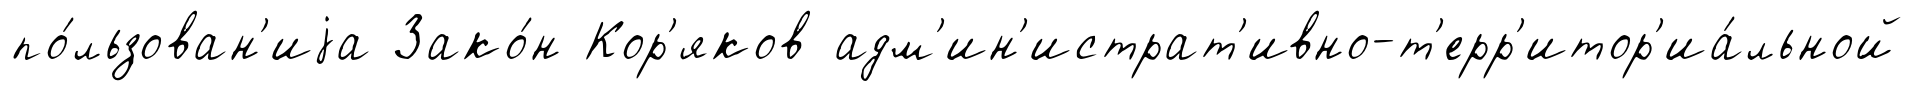
по́льзован'иjа Зако́н Кор'яков адм'ин'истрат'ивно-т'ерр'итор'иа́льной